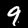
Digit: 9